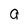
Character: a